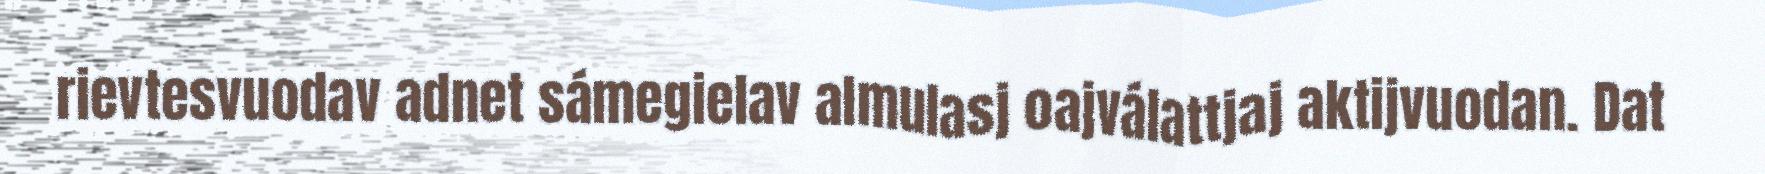
rievtesvuodav adnet sámegielav almulasj oajválattjaj aktijvuodan. Dat